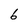
Character: 6